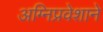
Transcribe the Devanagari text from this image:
अग्‍निप्रवेशाने